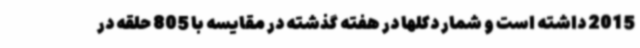
2015 داشته است و شمار دکلها در هفته گذشته در مقایسه با 805 حلقه در